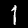
Digit: 1